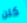
كلن